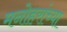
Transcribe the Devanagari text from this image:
मनोहरांच्या